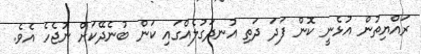
ރައްޔިތުން އުޅެނީ ކޮން ފަދަ ދަތި އުނދަގުލެއްގައި ކަން ބުނެދޭކަށް ނުޖެހެ އެވެ.